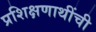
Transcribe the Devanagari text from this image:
प्रशिक्षणाथींची